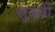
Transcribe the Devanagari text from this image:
सूदबी